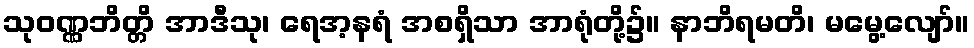
သုဝဏ္ဏဘိတ္တိ အာဒီသု၊ ရေအ့နရံ အစရှိသာ အာရုံတို့၌။ နာဘိရမတိ၊ မမွေ့လျော်။